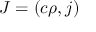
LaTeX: { \boldsymbol { J } } = ( c \rho , { \boldsymbol { j } } )